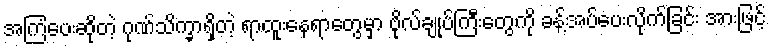
အကြံပေးဆိုတဲ့ ဂုဏ်သိက္ခာရှိတဲ့ ရာထူးနေရာတွေမှာ ဗိုလ်ချုပ်ကြီးတွေကို ခန့်အပ်ပေးလိုက်ခြင်း အားဖြင့်